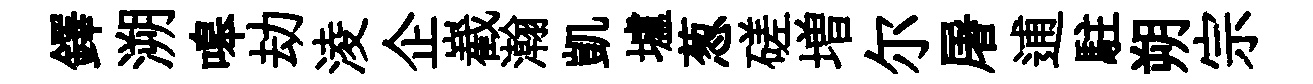
鐸溯嗥劫淩企嶻瀚凱壚葱磋増尔屠逋駐朔宗